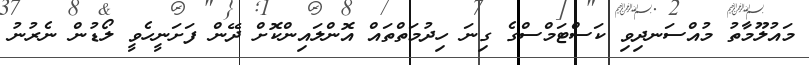
މައުލޫމާތު މުއްސަނދިވި ކަސްޓަމްސްގެ ގިނަ ހިދުމަތްތައް އޮންލައިންކޮށް ދޭން ފަށަނީހެވީ ލޯޑުން ނެރުނު